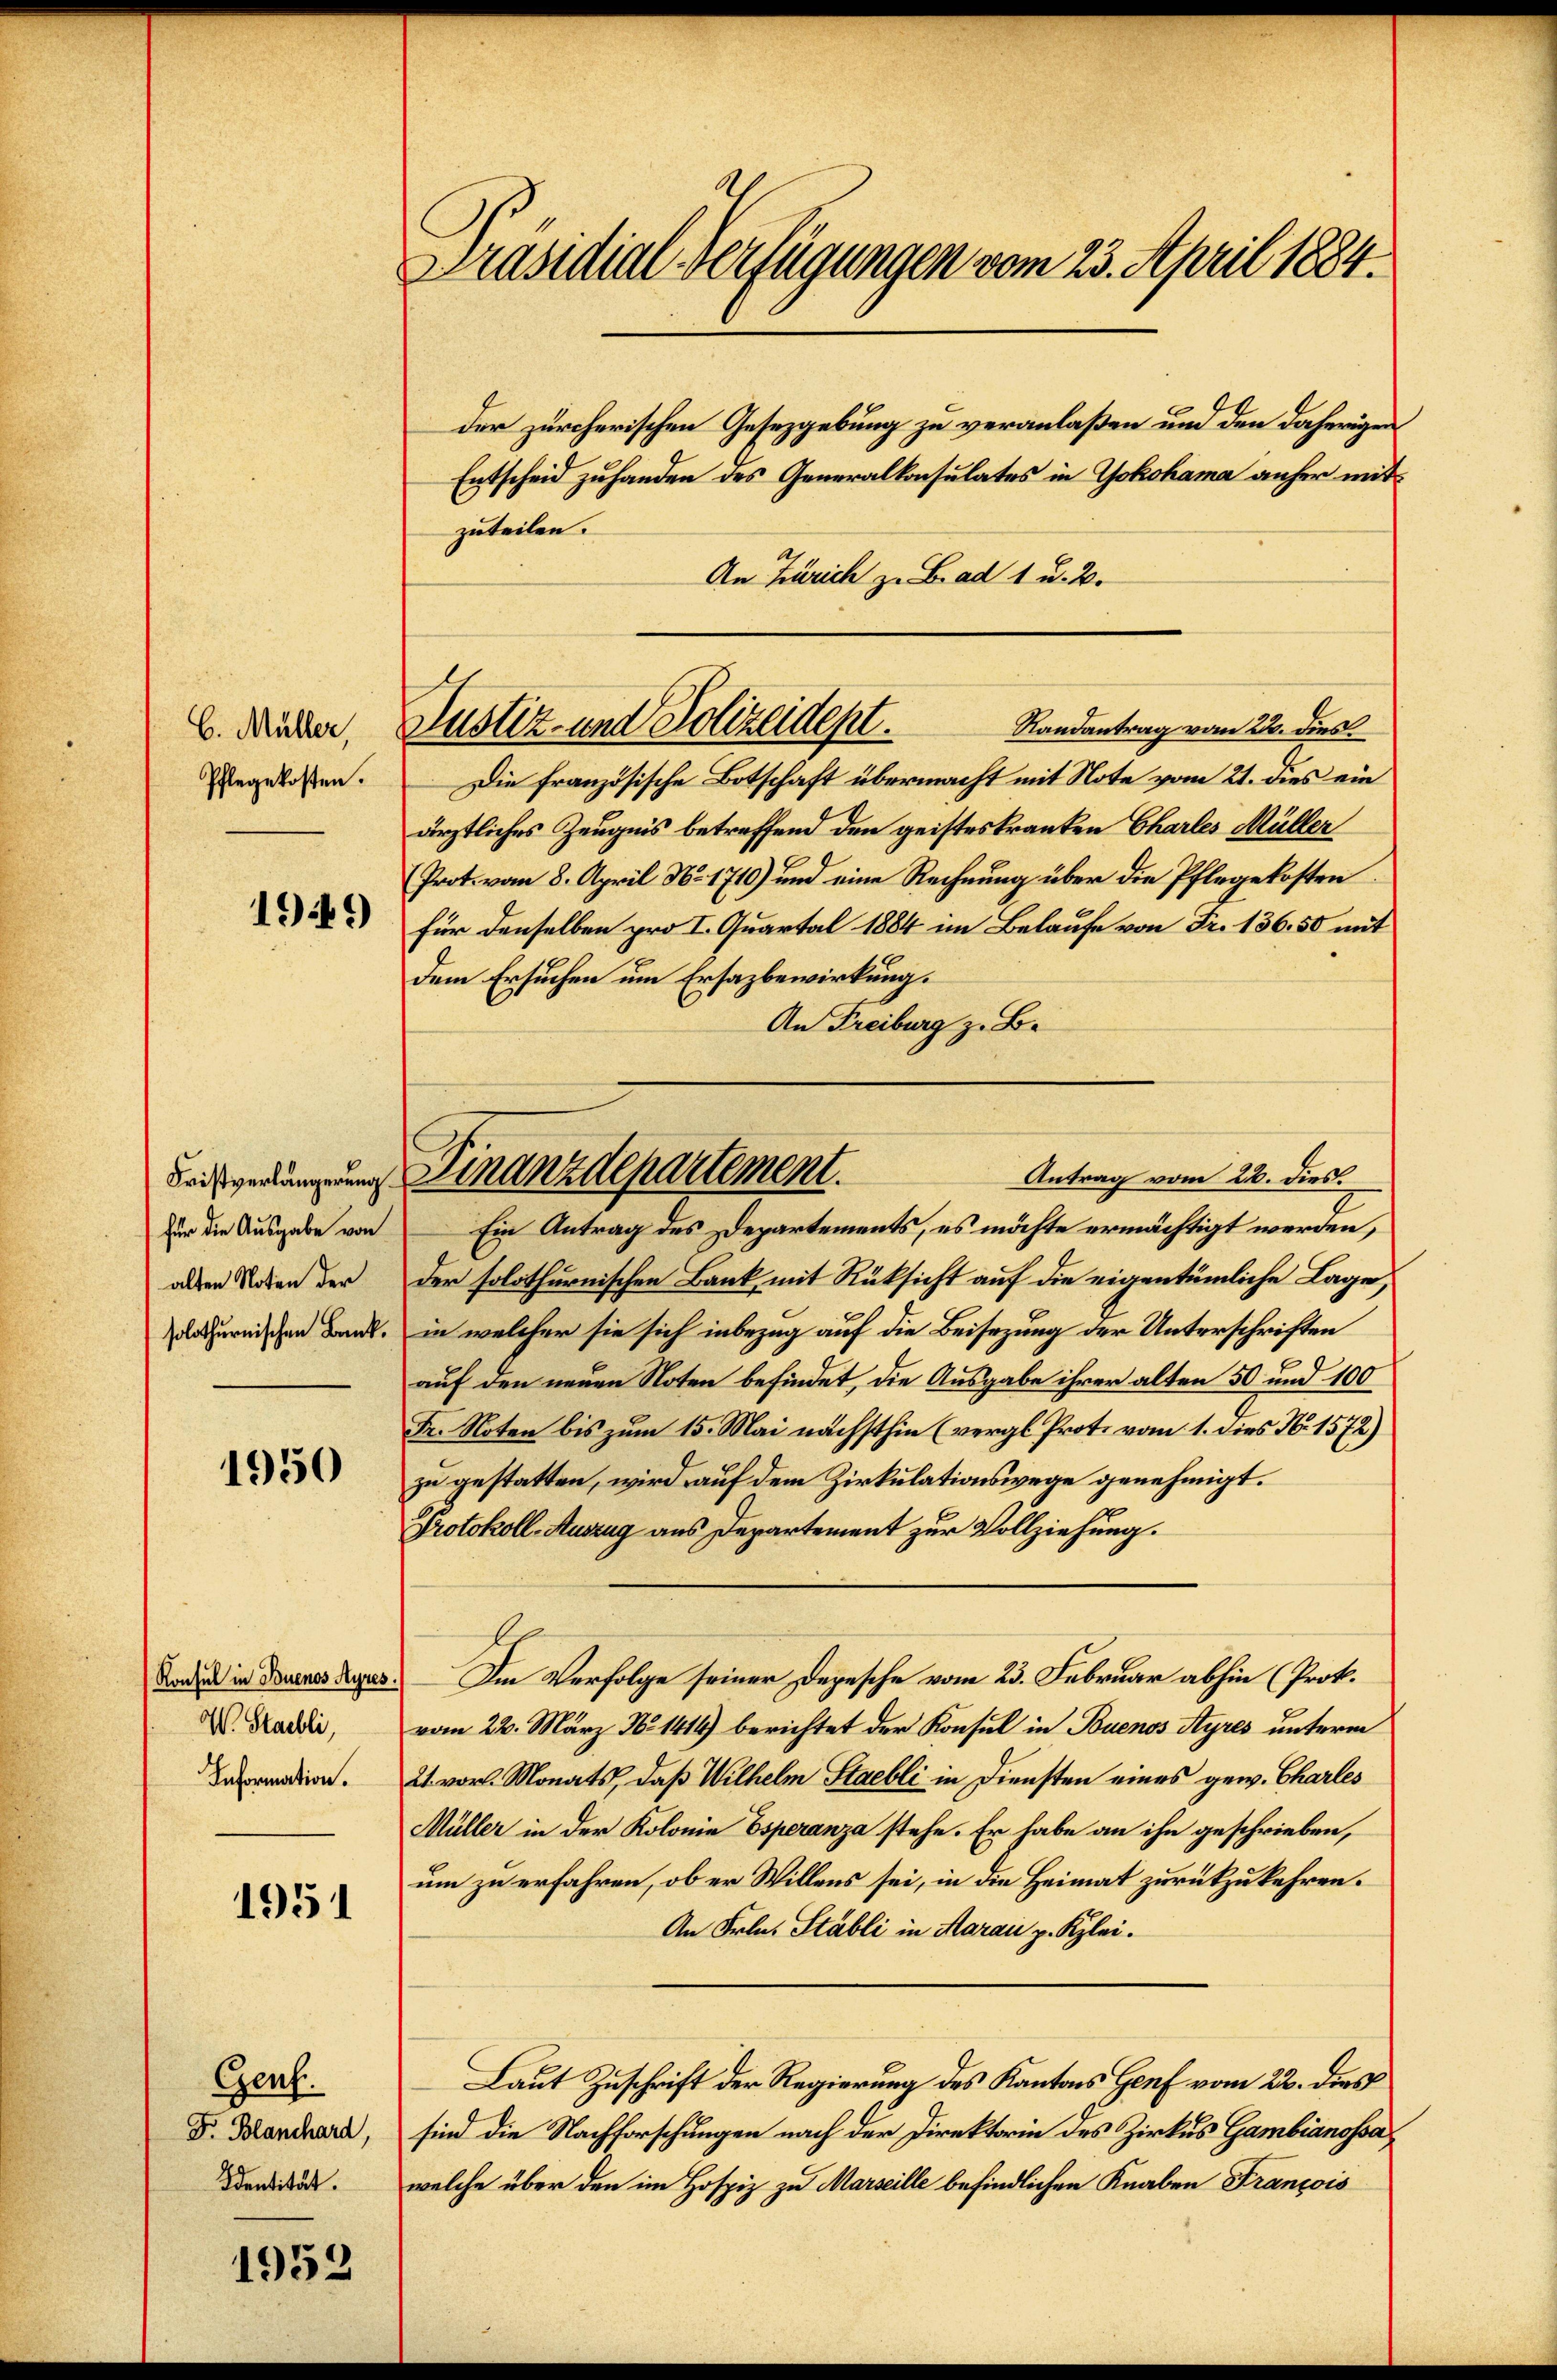
C. Müller,
Pflegekosten.

1949

für die Ausgabe von
alten Noten der
solothurnischen Bank.

1950

W. Staubli,
Information.

1951

Genf.
Dr. Blanchard,
Identität.

1952

Präsidial-Verfügungen vom 23. April 1884.

der zürcherischen Gesetzgebung zu veranlaßen und den daherigen
Entscheid zuhanden des Generalkonsulates in Yokohama anher mit
zuteilen.
An Zürich z. Bad 1 u. 2.
Die französische Botschaft übermacht mit Note vom 21. dies ein
ärztliches Zeugnis betreffend den geisteskranken Charles Müller
Prot. vom 8. April N. 1710) und eine Rechnung über die Pflegekosten
für denselben pro I. Quartal 1884 im Belaufe von Fr. 136. 50 mit
dem Ersuchen um Ersazbewirkung.
An Freiburg z. B.
Ein Antrag des Departements, es möchte ermächtigt werden,
der solothurnischen Bank, mit Rüksicht auf die eigentümliche Lage,
in welcher sie sich inbezug auf die Beisezung der Unterschriften
auf den neuen Noten befindet, die Ausgabe ihrer alten 50 und 100
Fr. Noten bis zum 15. Mai nächsthin (vergl. Prot. vom 1. dies N. 1572)
zu gestatten, wird auf dem Zirkulationswege genehmigt.
Protokoll-Auszug aus Departement zur Vollziehung.
Baden in Deines Sus. Im Verfolge seiner Depesche vom 23. Februar abhin (Prok.
vom 22. März No 1419) berichtet der Konsul in Buenos Ayres unterm
21. vor. Monats, daß Wilhelm Stabli in Diensten eines gew. Charles
Müller in der Kolonie Esperanza stehe. Er habe an ihn geschrieben,
um zu erfahren, ob er Willens sei, in die Heimat zurückzukehren.
An Frln. Stabli in Karaić z. Kzlei.
Laut Zuschrift der Regierung des Kantons Genf vom 22. dies
sind die Nachforschungen nach der Direktorin des Zirkus Gambiansssawelche über den im Hospiz zu Marseille befindlichen Knaben François

Randantrag vom 22. dies
Justiz- und Polizeidept.

Antrag vom 26. dies.
Beisverlangung Finanzdepartement.